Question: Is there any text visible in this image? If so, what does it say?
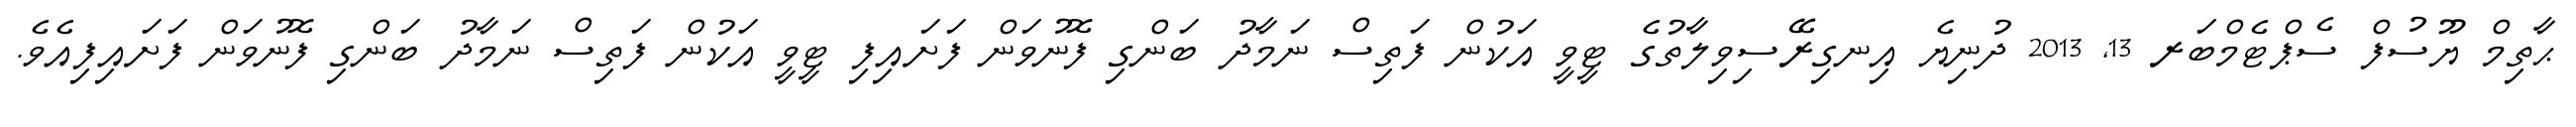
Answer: ޙާތިމް ޔޫސުފް ސެޕްޓެމްބަރ 13, 2013 ދުނިޔެ އިނގިރޭސިވިލާތުގެ ޓީވީ އަކުން ފަތިސް ނަމާދު ބަންގި ފޮނުވަން ފަށައިފި ޓީވީ އަކުން ފަތިސް ނަމާދު ބަންގި ފޮނުވަން ފަށައިފިއެވެ.